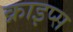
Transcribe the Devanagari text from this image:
क्राइप्स